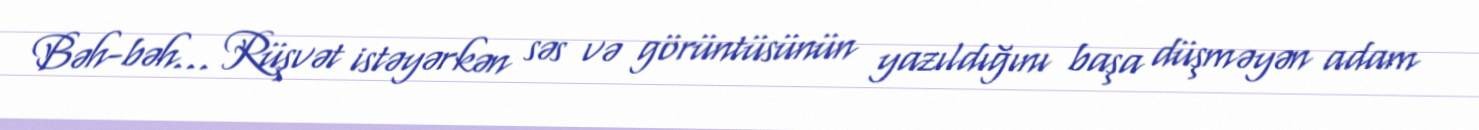
Bəh-bəh... Rüşvət istəyərkən səs və görüntüsünün yazıldığını başa düşməyən adam